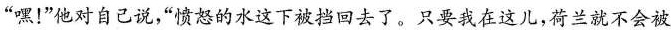
”嘿！”他对自己说，”愤怒的水这下被挡回去了。只要我在这儿，荷兰就不会被